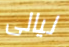
ليالى